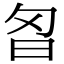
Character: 𭥘